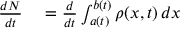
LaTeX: \begin{array} { r l } { { } { \frac { d N } { d t } } } & { { } = { \frac { d } { d t } } \int _ { a ( t ) } ^ { b ( t ) } \rho ( x , t ) \, d x } \end{array}